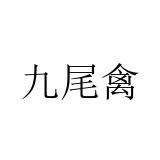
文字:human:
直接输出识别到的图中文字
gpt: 九尾禽